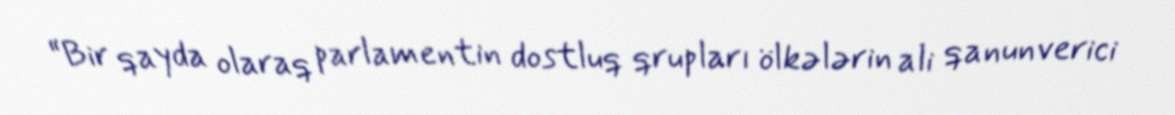
“Bir qayda olaraq parlamentin dostluq qrupları ölkələrin ali qanunverici